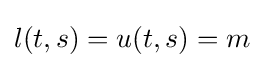
l(t,s)=u(t,s)=m